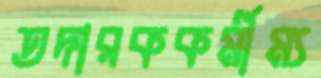
তদারককর্মীম্য